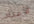
الأعداد